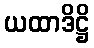
ယထာဒိဋ္ဌိ